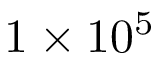
1 \times 1 0 ^ { 5 }